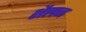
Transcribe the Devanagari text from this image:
शैलज